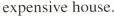
expensive house.